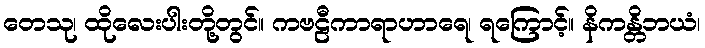
တေသု၊ ထိုလေးပါးတို့တွင်။ ကဗဠီကာရာဟာရေ၊ ရကြောင့်။ နိကန္တိဘယံ၊